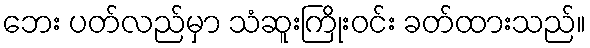
ဘေး ပတ်လည်မှာ သံဆူးကြိုးဝင်း ခတ်ထားသည်။